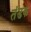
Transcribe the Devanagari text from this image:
तंडक